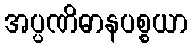
အပ္ပဏိဓာနပစ္စယာ